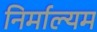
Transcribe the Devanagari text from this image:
निर्माल्यम